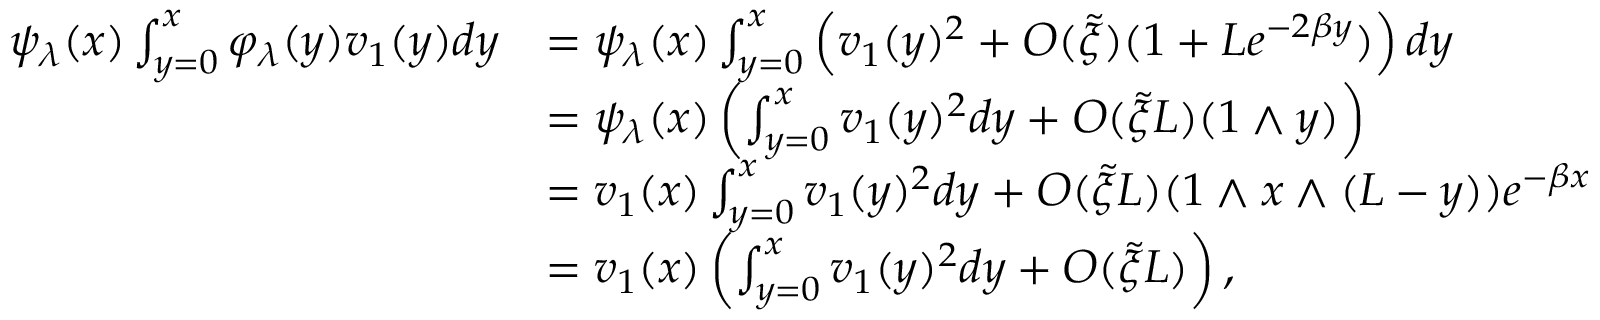
\begin{array} { r l } { \psi _ { \lambda } ( x ) \int _ { y = 0 } ^ { x } \varphi _ { \lambda } ( y ) v _ { 1 } ( y ) d y } & { = \psi _ { \lambda } ( x ) \int _ { y = 0 } ^ { x } \left( v _ { 1 } ( y ) ^ { 2 } + O ( \tilde { \xi } ) ( 1 + L e ^ { - 2 \beta y } ) \right) d y } \\ & { = \psi _ { \lambda } ( x ) \left( \int _ { y = 0 } ^ { x } v _ { 1 } ( y ) ^ { 2 } d y + O ( \tilde { \xi } L ) ( 1 \wedge y ) \right) } \\ & { = v _ { 1 } ( x ) \int _ { y = 0 } ^ { x } v _ { 1 } ( y ) ^ { 2 } d y + O ( \tilde { \xi } L ) ( 1 \wedge x \wedge ( L - y ) ) e ^ { - \beta x } } \\ & { = v _ { 1 } ( x ) \left( \int _ { y = 0 } ^ { x } v _ { 1 } ( y ) ^ { 2 } d y + O ( \tilde { \xi } L ) \right) , } \end{array}